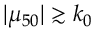
| \mu _ { 5 0 } | \gtrsim k _ { 0 }